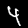
Digit: 4